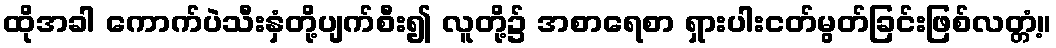
ထိုအခါ ကောက်ပဲသီးနှံတို့ပျက်စီး၍ လူတို့၌ အစာရေစာ ရှားပါးငတ်မွတ်ခြင်းဖြစ်လတ္တံ့။